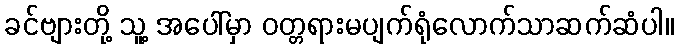
ခင်ဗျားတို့ သူ့ အပေါ်မှာ ဝတ္တရားမပျက်ရုံလောက်သာဆက်ဆံပါ။